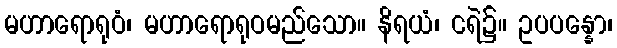
မဟာရောရုဝံ၊ မဟာရောရုဝမည်သော။ နိရယံ၊ ငရဲ၌။ ဥပပန္နော၊